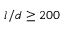
l / d \geq 2 0 0